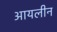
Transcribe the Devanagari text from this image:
आयलीन